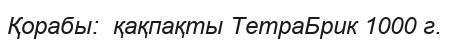
Қорабы:  қақпақты ТетраБрик 1000 г.